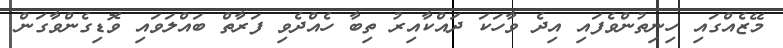
މޭޒެއްގައި ހިނިތުންވެފައި އިދެ ވާހަކަ ދައްކާއިރު ތިބާ ހެއްދެވި ފަރާތް ބައްލަވައި ވޮޑިގެންވާގަން